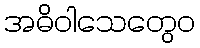
အဓိဝါသေတွေဝ